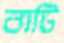
বাটি